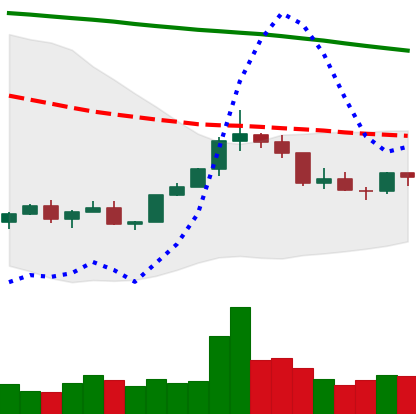
Ticker: XLM-USD
Chart end date: 2022-02-16
Forward return: -18.448%
Label: down_7plus